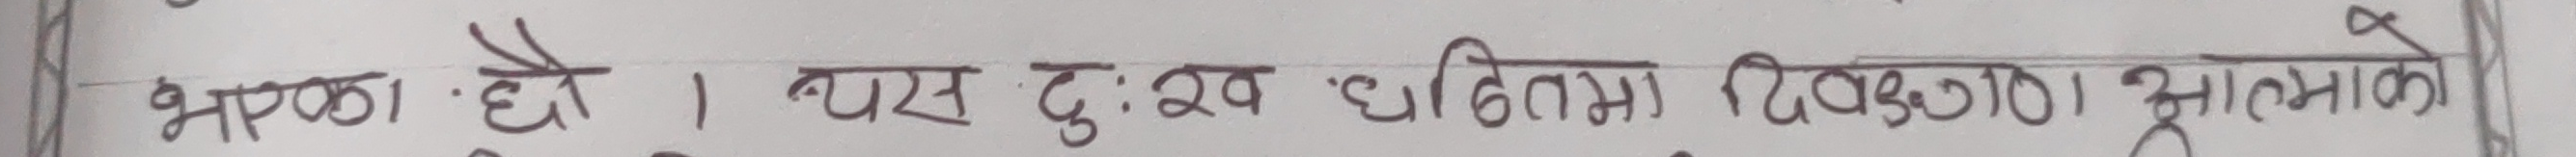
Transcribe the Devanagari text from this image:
भएको हो। यस दुःख घडीमा दिदीको आत्माले